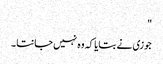
"
جوزی نے بتایا کہ وہ نہیں جانتا ۔